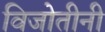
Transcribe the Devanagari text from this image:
विजोतीनी